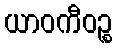
ယာဝကီဝဉ္စ